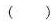
( )